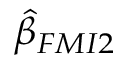
\hat { \beta } _ { F M I 2 }